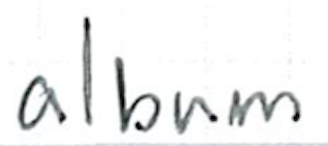
Text: album
Cross-out: clean
Writing tool: ballpoint